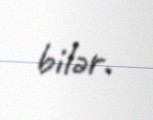
bilər.